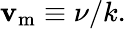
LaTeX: \mathbf{v}_{\mathrm{{{m}}}}\equiv\nu/k.